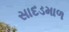
સાદડમાળ